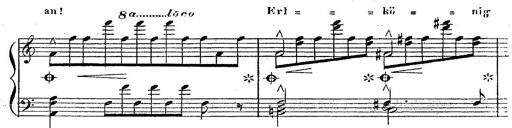
Title: 12 Lieder von Franz Schubert
Composer: Franz Liszt